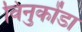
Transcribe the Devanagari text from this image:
विनुकोंडा